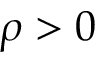
\rho > 0